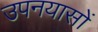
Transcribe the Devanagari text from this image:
उपनयासों